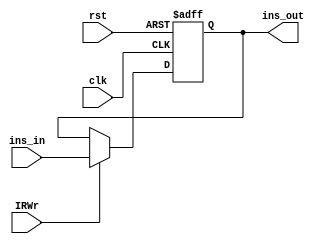
`timescale 1ns / 1ps

module IR (
   input    clk,
   input    rst,
   input    IRWr, 
   input  [31:0] ins_in,       //
   output reg [31:0] ins_out      //
);
    always @(posedge clk or posedge rst) 
        begin
            if(rst)
                ins_out <= 0;
            else if (IRWr)
                ins_out <= ins_in;
        end

endmodule